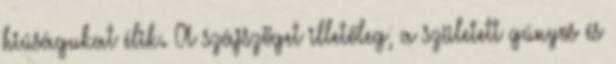
hiúságukat élik. A szájszöget illetőleg, a született gúnyos és